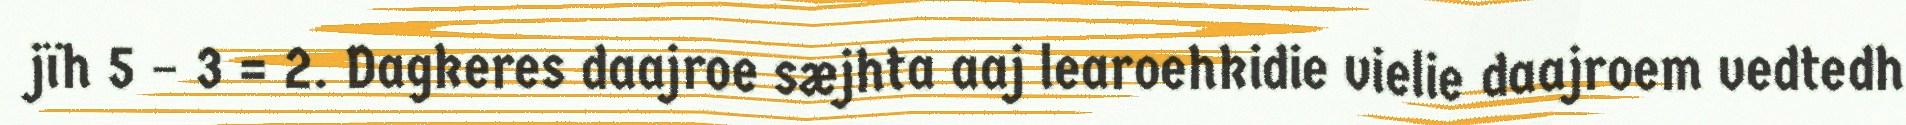
jïh 5 – 3 = 2. Dagkeres daajroe sæjhta aaj learoehkidie vielie daajroem vedtedh